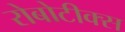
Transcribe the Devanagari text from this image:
रोबोटीक्स